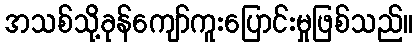
အသစ်သို့ခုန်ကျော်ကူးပြောင်းမှုဖြစ်သည်။